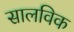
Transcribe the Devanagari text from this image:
सालविक